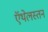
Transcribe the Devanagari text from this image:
ऍथेलस्तन